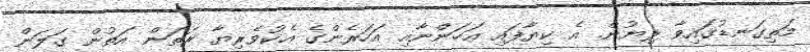
މަތިގަނޑުގައިވާ ލިޔުން. އެ ކިޔާފައި އަހަންނާއި އަހަރެންގެ އެކުވެރިޔާ ރަތަން އަތުން ގަލަން